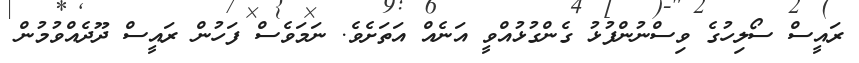
ރައީސް ސޯލިހުގެ ވިސްނުންފުޅު ގެންގުޅުއްވީ އަނެއް އަތަށެވެ. ނަމަވެސް ފަހުން ރައީސް ދޫދެއްވުމުން